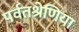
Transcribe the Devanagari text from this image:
पर्वतश्रेणिया